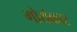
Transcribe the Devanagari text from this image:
गोयंकार